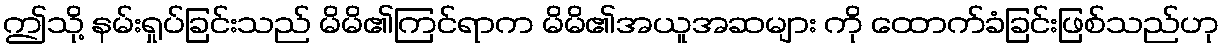
ဤသို့ နမ်းရှုပ်ခြင်းသည် မိမိ၏ကြင်ရာက မိမိ၏အယူအဆများ ကို ထောက်ခံခြင်းဖြစ်သည်ဟု